Elephants and their diseases
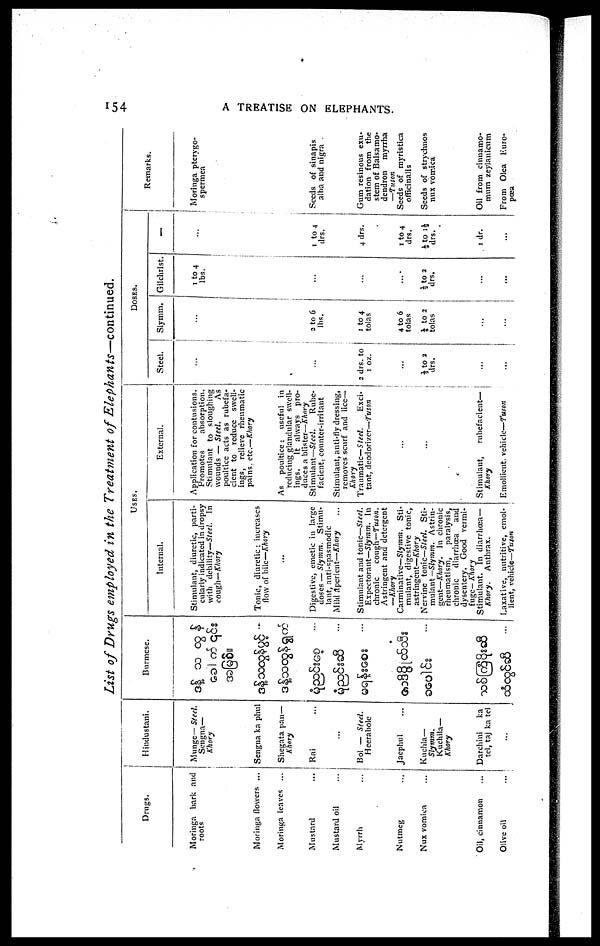
154
TREATISE ON ELEPHANTS.
List of Drugs employed in the Treatment of Elephants—continued.
Drugs.
Moringa bark and
roots
Moringa flowers ...
Moringa leaves ...
Mustard
Mustard oil
Myrrh
Nutmeg
Nux vomica
Oil, cinnamon
Olive oil
Hindustani.
Munge— Steel.
Sengna—
Khory
Sengna ka phul
Shegata pan—
Khory
Rai
...
Bol — Steel.
Heerabole
Jaephul
Kuchla—
Slymm.
Kuchila—
Khory
Darchini
ka
tel, taj ka tel
...
Burmese.
USES.
Internal.
Stimulant, diuretic, parti-
cularly indicated in dropsy
with debility—Steel. In
cough—Khory
Tonic, diuretic : increases
flow of bile—Khory
Digestive, emetic in large
doses — Slymm.
Stimu-
lant, anti-spasmodic
Mild aperient—Khory
Stimulant and tonic—Steel.
Expectorant—Slymm. In
chronic
cough—Tuson.
Astringent and detergent
—Khory
Carminative—Slymm. Sti-
mulant, digestive tonic,
astringent—Khory
Nervine tome—Steel.
Sti-
mulant —Slymm.
Astrin-
gent—Khory. In chronic
rheumatism,
paralysis,
chronic diarrhoea
and
dysentery. Good vermi-
fuge— Khory
Stimulant. In diarrhœa—
Khory.
Anthrax.
Laxative, nutritive, emol-
lient, vehicle—Tuson
External.
Application for contusions.
Promotes
absorption.
Stimulant to sloughing
wounds — Steel.
As
poultice acts as rubefa-
cient to reduce swell-
ings, relieve rheumatic
pains, etc.—Khory
As poultice;
useful in
reducing glandular swell-
ings.
It always pro-
duces a blister—Khory
Stimulant—Steel.
Rube-
facient, counter-irritant
Stimulant, anti-fly dressing,
removes scurf and lice—
Khory
Traumatic—Steel.
Exci-
tant, deodorizer—-tuson
...
...
Stimulant,
rubefacient—
Khory
Emollient, vehicle—Tuson
DOSES.
Steel.
...
...
2 drs. to
1 oz.
...
½ to 2
drs.
...
...
Siymm.
...
2 to 6
lbs.
1 to 4
tolas
4 to 6
tolas
¼ to 2
tolas
...
...
Gilchrist
1 to 4
lbs.
...
...
...
½ to 2
drs.
...
...
...
1 to 4
drs.
4 drs.
1 to 4
drs.
½ to 1½
drs.
1 dr.
...
Remarks.
Moringa pterygo¬
spermca
Seeds of sinapis
alba and nigra
Gum resinous exu¬
dation from the
stem of Balsamo¬
dendron
myrrha
—Tuson
Seeds of myristica
officinalis
Seeds of strychnos
nux vomica
Oil from cinnamo¬
mum zeylanicum
From Olea Euro¬
pœa